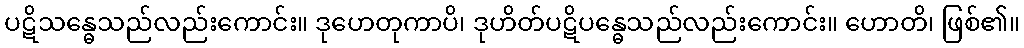
ပဋိသန္ဓေသည်လည်းကောင်း။ ဒုဟေတုကာပိ၊ ဒုဟိတ်ပဋိပန္ဓေသည်လည်းကောင်း။ ဟောတိ၊ ဖြစ်၏။